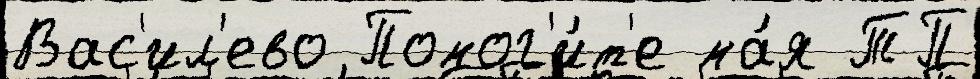
Вас'ил'ево Помог'и́т'е ма́я ТП